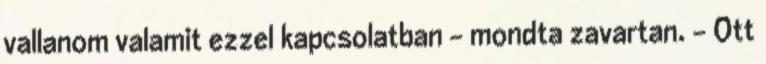
vallanom valamit ezzel kapcsolatban - mondta zavartan. - Ott